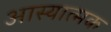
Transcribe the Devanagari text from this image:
आस्यात्मक